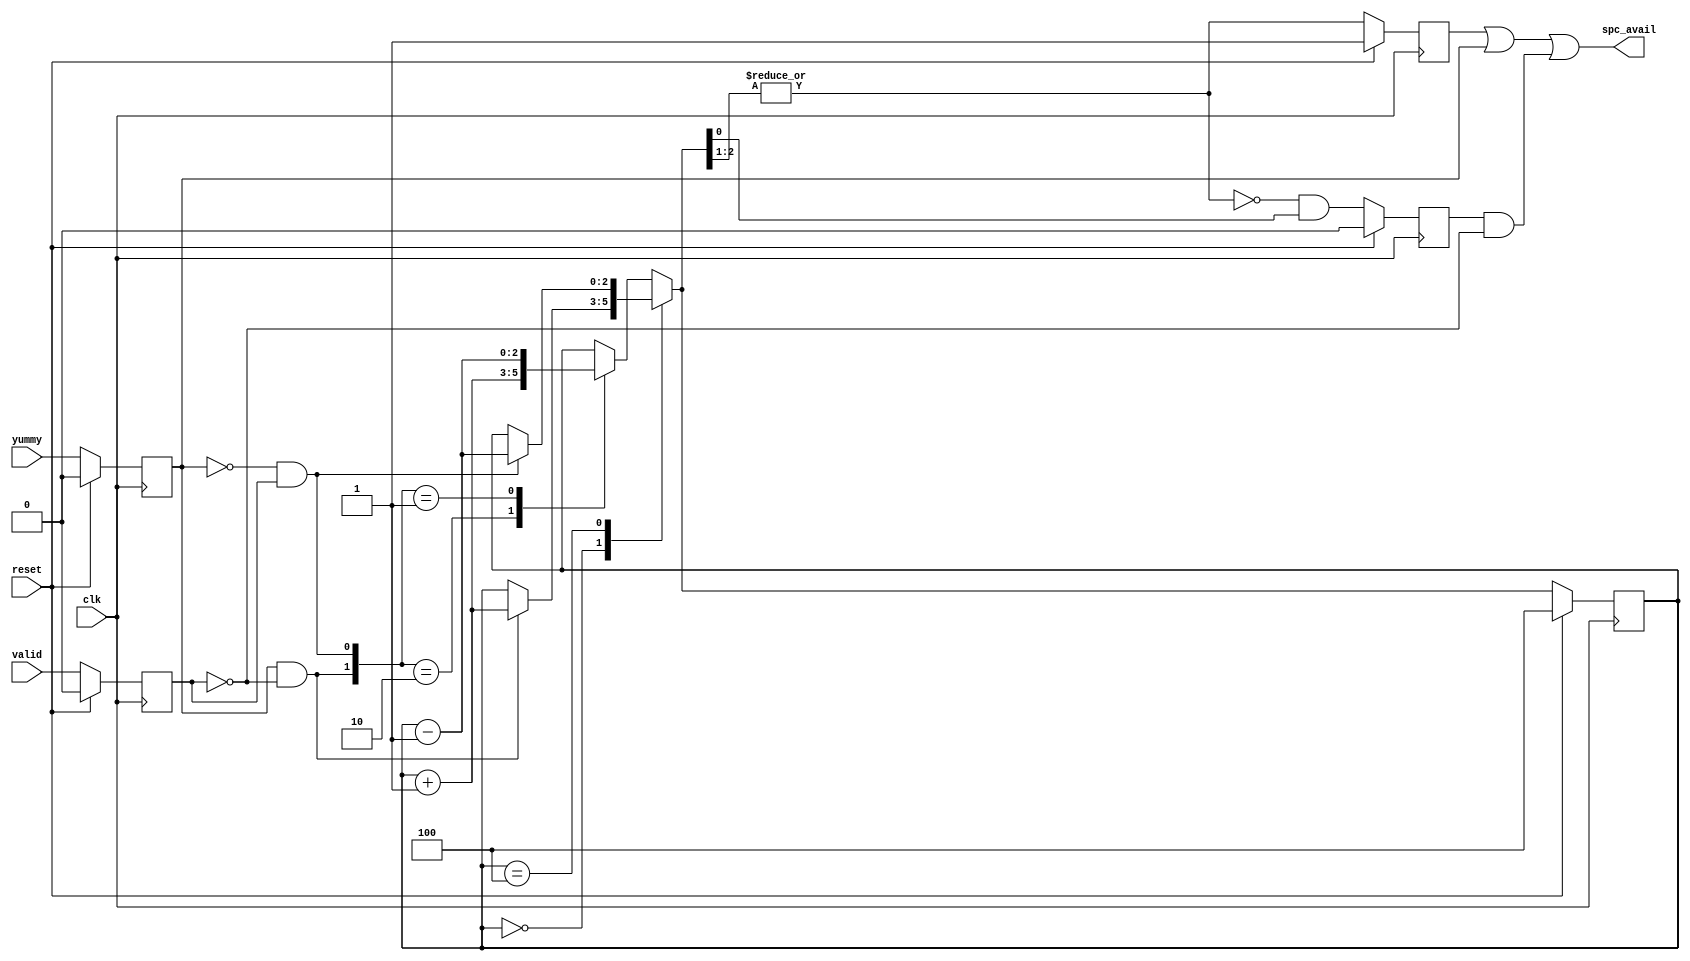
// This program was cloned from: https://github.com/NYU-MLDA/OpenABC
// License: BSD 3-Clause "New" or "Revised" License

module space_avail_top (valid,
		    yummy,
		    spc_avail,
		    clk,
		    reset);

parameter BUFFER_SIZE = 4;
parameter BUFFER_BITS = 3;


input valid;			// sending data to the output
input yummy;			// output consumed data

output spc_avail;		// is there space available?

input clk;
input reset;

//This is the state
reg yummy_f;
reg valid_f;
reg [BUFFER_BITS-1:0] count_f;

reg is_one_f;
reg is_two_or_more_f;

//wires
wire [BUFFER_BITS-1:0] count_plus_1;
wire [BUFFER_BITS-1:0] count_minus_1;
wire up;
wire down;

//wire regs
reg [BUFFER_BITS-1:0] count_temp;


//assigns
assign count_plus_1 = count_f + 1'b1;
assign count_minus_1 = count_f - 1'b1;
assign spc_avail = (is_two_or_more_f | yummy_f | (is_one_f & ~valid_f));
assign up = yummy_f & ~valid_f;
assign down = ~yummy_f & valid_f;

always @ (count_f or count_plus_1 or count_minus_1 or up or down)
begin
	case (count_f)
	0:
		begin
			if(up)
			begin
				count_temp <= count_plus_1;
			end
			else
			begin
				count_temp <= count_f;
			end
		end
	BUFFER_SIZE:
		begin
			if(down)
			begin
				count_temp <= count_minus_1;
			end
			else
			begin
				count_temp <= count_f;
			end
		end
	default:
		begin
			case ({up, down})
				2'b10:	count_temp <= count_plus_1;
				2'b01:	count_temp <= count_minus_1;
				default:	count_temp <= count_f;
			endcase
		end
	endcase
end

wire top_bits_zero_temp = ~| count_temp[BUFFER_BITS-1:1];


always @ (posedge clk)
begin
	if(reset)
	begin
	   count_f <= BUFFER_SIZE;
	   yummy_f <= 1'b0;
	   valid_f <= 1'b0;
	   is_one_f <= (BUFFER_SIZE == 1);
	   is_two_or_more_f <= (BUFFER_SIZE >= 2);
	end
	else
	begin
	   count_f <= count_temp;
	   yummy_f <= yummy;
	   valid_f <= valid;
	   is_one_f         <= top_bits_zero_temp & count_temp[0];
   	   is_two_or_more_f <= ~top_bits_zero_temp;
	end
end

endmodule